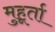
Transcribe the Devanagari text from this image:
मुहूर्ता